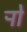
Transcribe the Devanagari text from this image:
र्‍ाो